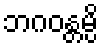
ဘဂဝန္တမ္ပိ